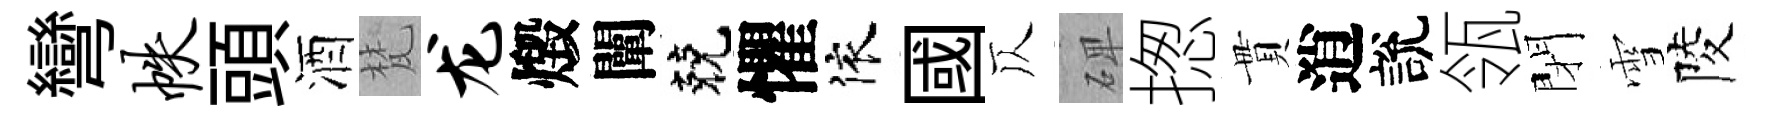
彎帙頭酒梵龙燬闡兢懼依國仄𥓓揔貫逍說瓴閉雪陵